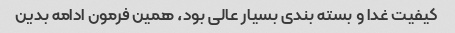
کیفیت غدا و بسته بندی بسیار عالی بود، همین فرمون ادامه بدین